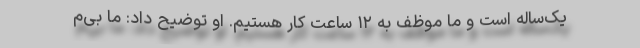
یک‌ساله است و ما موظف به ۱۲ ساعت کار هستیم. او توضیح داد: ما بی‌م